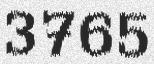
3765